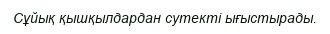
Сұйық қышқылдардан сутекті ығыстырады.